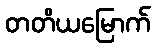
တတိယမြောက်